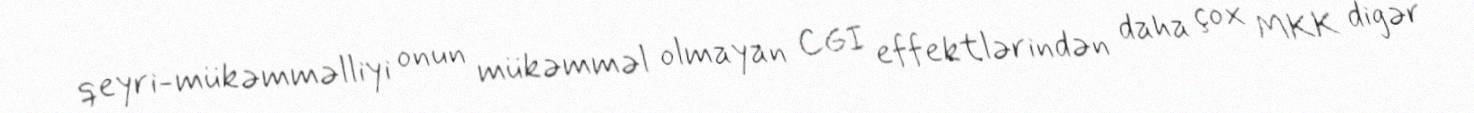
qeyri-mükəmməlliyi onun mükəmməl olmayan CGI effektlərindən daha çox MKK digər